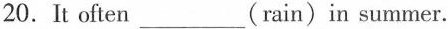
20.It often ___ (rain)in summer.